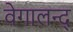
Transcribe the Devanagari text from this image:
वेगालन्द्